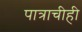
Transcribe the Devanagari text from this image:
पात्राचीही